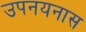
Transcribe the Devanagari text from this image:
उपनयनास